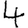
Digit: 4